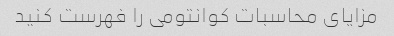
مزایای محاسبات کوانتومی را فهرست کنید